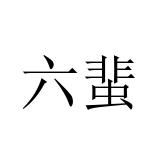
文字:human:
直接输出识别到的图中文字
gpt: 六蜚